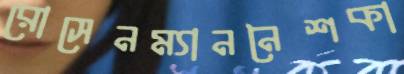
রোসেনম্যাননৈশকা